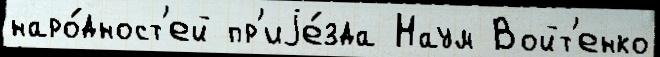
наро́дност'ей пр'иjе́зда Наум Войт'енко